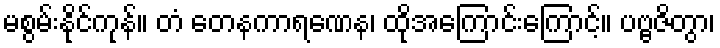
မစွမ်းနိုင်ကုန်။ တံ တေနကာရဏေန၊ ထိုအကြောင်းကြောင့်။ ပဗ္ဗဇိတွာ၊